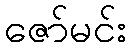
ဇော်မင်း